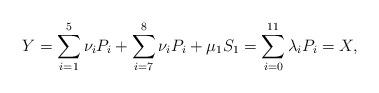
LaTeX: \begin{align*}Y=\sum_{i=1}^{5}\nu_i P_i+\sum_{i=7}^{8}\nu_i P_i+\mu_1S_1=\sum_{i=0}^{11}\lambda_i P_i=X,\end{align*}